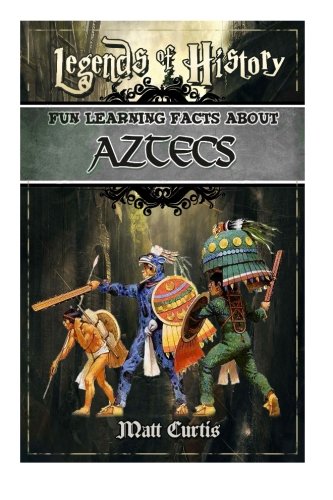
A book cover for Legends of History: Fun Learning Facts About Aztecs: Illustrated Fun Learning For Kids (Volume 1); Matt Curtis; Children's Books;